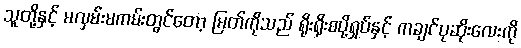
သူတို့နှင့် မလှမ်းမကမ်းတွင်တော့ မြတ်ကိုသည် ရိုးရိုးစပို့ရှပ်နှင့် ကချင်ပုဆိုးလေးကို